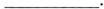
___.